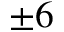
\pm 6